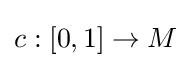
c:[0,1]\to M